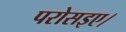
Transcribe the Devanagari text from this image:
परोसइए।